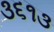
૩૬૧૩